Civil Veterinary Department Bihar & Orissa reports 1929-36 - 1929-1936
Year: 1929
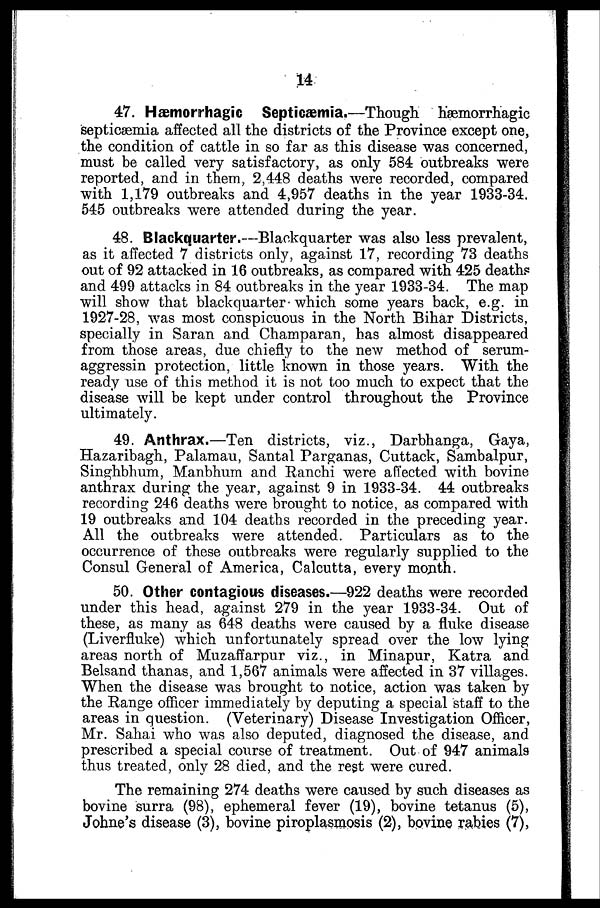
14
47. Hæmorrhagic Septicæmia.—Though hæmorrhagic
septicæmia affected all the districts of the Province except one,
the condition of cattle in so far as this disease was concerned,
must be called very satisfactory, as only 584 outbreaks were
reported, and in them, 2,448 deaths were recorded, compared
with 1,179 outbreaks and 4,957 deaths in the year 1933-34.
545 outbreaks were attended during the year.
48. Blackquarter.—Blackquarter was also less prevalent,
as it affected 7 districts only, against 17, recording 73 deaths
out of 92 attacked in 16 outbreaks, as compared with 425 deaths
and 499 attacks in 84 outbreaks in the year 1933-34. The map
will show that blackquarter which some years back, e.g. in
1927-28, was most conspicuous in the North Bihar Districts,
specially in Saran and Champaran, has almost disappeared
from those areas, due chiefly to the new method of serum -
aggressin protection, little known in those years. With the
ready use of this method it is not too much to expect that the
disease will be kept under control throughout the Province
ultimately.
49. Anthrax.—Ten districts, viz., Darbhanga, Gaya,
Hazaribagh, Palamau, Santal Parganas, Cuttack, Sambalpur,
Singhbhum, Manbhum and Ranchi were affected with bovine
anthrax during the year, against 9 in 1933-34. 44 outbreaks
recording 246 deaths were brought to notice, as compared with
19 outbreaks and 104 deaths recorded in the preceding year.
All the outbreaks were attended. Particulars as to the
occurrence of these outbreaks were regularly supplied to the
Consul General of America, Calcutta, every month.
50. Other contagious diseases.—922 deaths were recorded
under this head, against 279 in the year 1933-34. Out of
these, as many as 648 deaths were caused by a fluke disease
(Liverfluke) which unfortunately spread over the low lying
areas north of Muzaffarpur viz., in Minapur, Katra and
Belsand thanas, and 1,567 animals were affected in 37 villages.
When the disease was brought to notice, action was taken by
the Range officer immediately by deputing a special staff to the
areas in question. (Veterinary) Disease Investigation Officer,
Mr. Sahai who was also deputed, diagnosed the disease, and
prescribed a special course of treatment. Out of 947 animals
thus treated, only 28 died, and the rest were cured.
The remaining 274 deaths were caused by such diseases as
bovine surra (98), ephemeral fever (19), bovine tetanus (5),
Johne's disease (3), bovine piroplasmosis (2), bovine rabies (7),